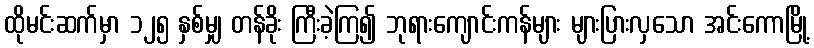
ထိုမင်းဆက်မှာ ၁၂၅ နှစ်မျှ တန်ခိုး ကြီးခဲ့ကြ၍ ဘုရားကျောင်းကန်များ များပြားလှသော အင်းကောမြို့